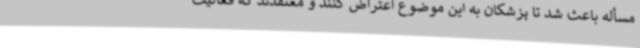
مسأله باعث شد تا پزشکان به این موضوع اعتراض کنند و معتقدند که فعالیت